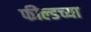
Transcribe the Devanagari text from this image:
फील्डच्या